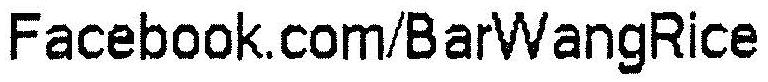
FACEBOOK.COM/BARWANGRICE